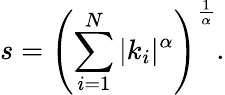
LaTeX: s=\left(\sum_{i=1}^{N}|k_{i}|^{\alpha}\right)^{\frac{1}{\alpha}}.